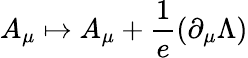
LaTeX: A_{\mu}\mapsto A_{\mu}+{\frac{1}{e}}(\partial_{\mu}\Lambda)